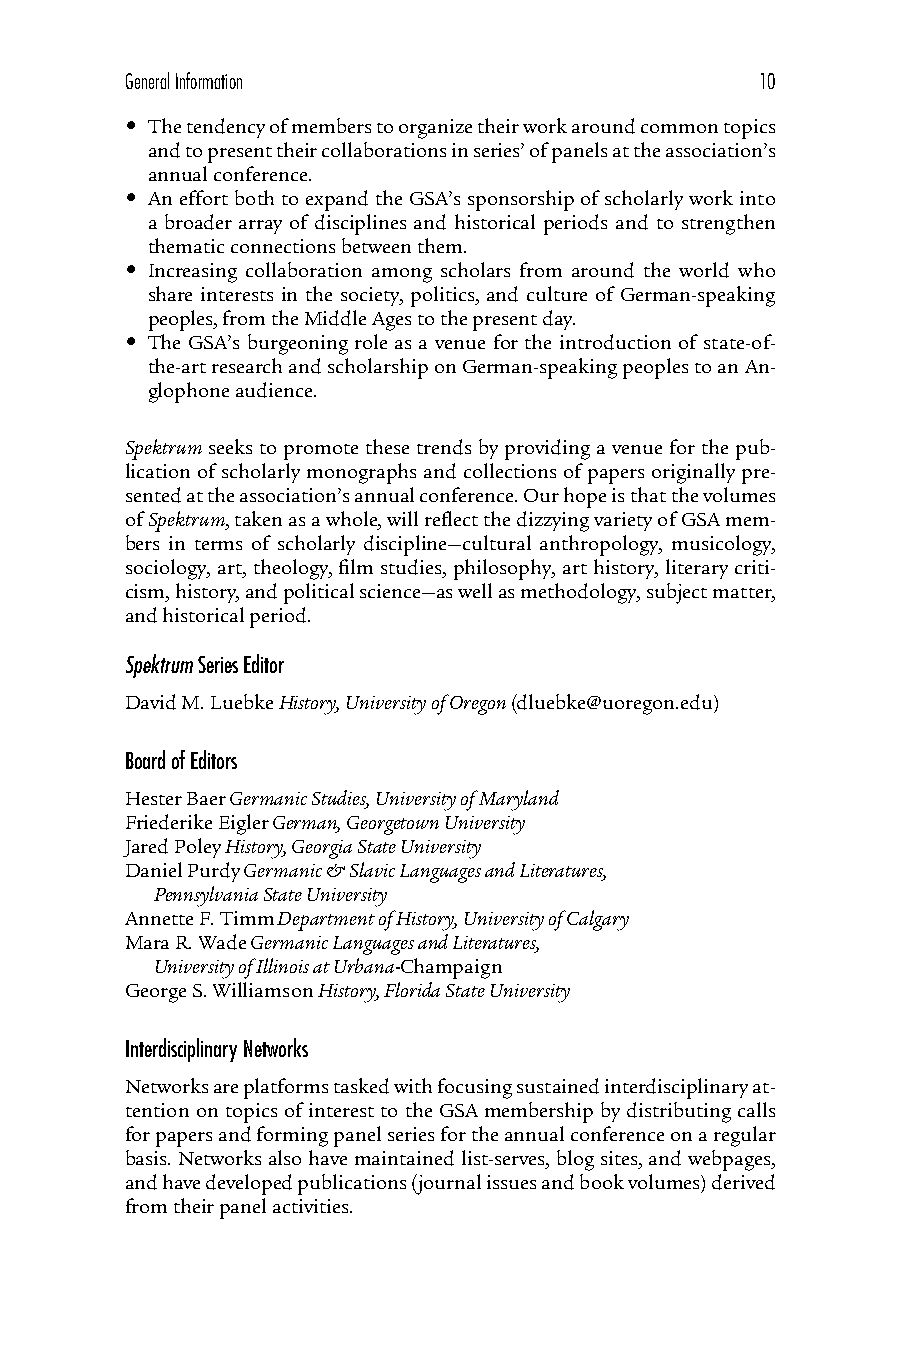
General Information                       10
 • T he tendency of members to organize their work around common topics
 and to present their collaborations in series’ of panels at the association’s
 annual conference.
 • An effort both to expand the GSA’s sponsorship of scholarly work into
 a broader array of disciplines and historical periods and to strengthen
 thematic connections between them.
 • Increasing collaboration among scholars from around the world who
 share interests in the society, politics, and culture of German-speaking
 peoples, from the Middle Ages to the present day.
 • The GSA’s burgeoning role as a venue for the introduction of state-of-
 the-art research and scholarship on German-speaking peoples to an An-
 glophone audience.
 Spektrum seeks to promote these trends by providing a venue for the pub-
 lication of scholarly monographs and collections of papers originally pre-
 sented at the association’s annual conference. Our hope is that the volumes
 of Spektrum, taken as a whole, will reflect the dizzying variety of GSA mem-
 bers in terms of scholarly discipline—cultural anthropology, musicology,
 sociology, art, theology, film studies, philosophy, art history, literary criti-
 cism, history, and political science—as well as methodology, subject matter,
 and historical period.
 Spektrum Series Editor
 David M. Luebke History, University of Oregon (dluebke@uoregon.edu)
 Board of Editors
 Hester Baer Germanic Studies, University of Maryland
 Friederike Eigler German, Georgetown University
 Jared Poley History, Georgia State University
 Daniel Purdy Germanic & Slavic Languages and Literatures,
 Pennsylvania State University
 Annette F. Timm Department of History, University of Calgary
 Mara R. Wade Germanic Languages and Literatures,
 University of Illinois at Urbana-Champaign
 George S. Williamson History, Florida State University
 Interdisciplinary Networks
 Networks are platforms tasked with focusing sustained interdisciplinary at-
 tention on topics of interest to the GSA membership by distributing calls
 for papers and forming panel series for the annual conference on a regular
 basis. Networks also have maintained list-serves, blog sites, and webpages,
 and have developed publications (journal issues and book volumes) derived
 from their panel activities.